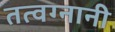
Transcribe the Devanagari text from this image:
तत्वग्नानी